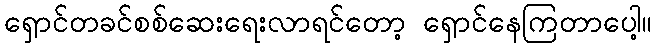
ရှောင်တခင်စစ်ဆေးရေးလာရင်တော့ ရှောင်နေကြတာပေါ့။